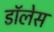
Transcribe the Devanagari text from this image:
डॉलेस